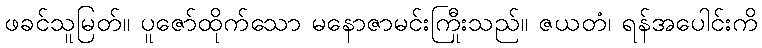
ဖခင်သူမြတ်။ ပူဇော်ထိုက်သော မနောဇာမင်းကြီးသည်။ ဇယတံ၊ ရန်အပေါင်းကို